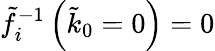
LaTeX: \tilde{f}_{i}^{-1}\left(\tilde{k}_{0}=0\right)=0